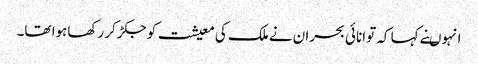
انہوںنے کہا کہ توانائی بحران نے ملک کی معیشت کو جکڑکر رکھاہوا تھا۔